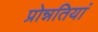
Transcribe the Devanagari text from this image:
प्रोन्नतियां